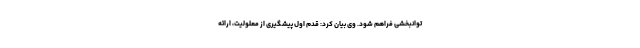
توانبخشی فراهم شود. وی بیان کرد: قدم اول پیشگیری از معلولیت، ارائه